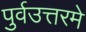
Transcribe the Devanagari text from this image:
पुर्वउत्तरमे